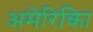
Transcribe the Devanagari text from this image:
अमेरिकिा